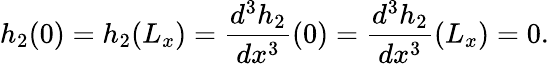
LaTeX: h_{2}(0)=h_{2}(L_{x})=\frac{d^{3}h_{2}}{dx^{3}}(0)=\frac{d^{3}h_{2}}{dx^{3}}(L_{x})=0.